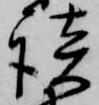
談